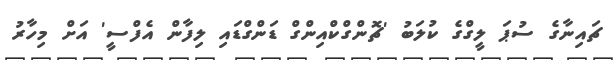
ޗައިނާގެ ސުޕަ ލީގްގެ ކުލަބު 'ޗޮންގްކްއިންގް ޑަންގްޑައި ލިފާން އެފްސީ' އަށް މިހާރު